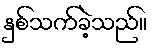
နှစ်သက်ခဲ့သည်။